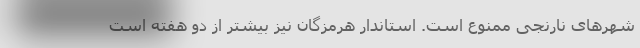
شهرهای نارنجی ممنوع است. استاندار هرمزگان نیز بیشتر از دو هفته است